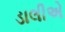
ડાલીએ